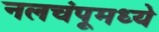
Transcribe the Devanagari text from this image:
नलचंपूमध्ये